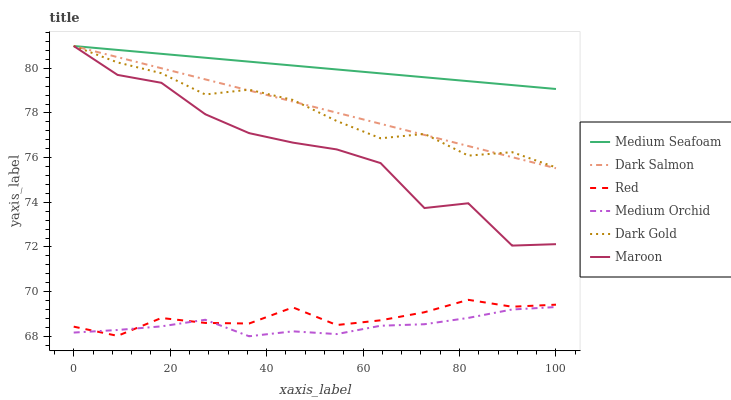
| xaxis_label | Medium Seafoam | Dark Salmon | Red | Medium Orchid | Dark Gold | Maroon |
 | --- | --- | --- | --- | --- | --- | --- |
 | 0 | 81 | 81 | 68.4 | 68.2 | 81 | 81 |
 | 9.09 | 80.8 | 80.5 | 68 | 68.3 | 80.3 | 79.7 |
 | 18.2 | 80.7 | 80 | 68.8 | 68.4 | 79.8 | 79.4 |
 | 27.3 | 80.5 | 79.5 | 68.6 | 68.7 | 78.8 | 77.9 |
 | 36.4 | 80.3 | 79 | 68.6 | 68 | 79 | 77.1 |
 | 45.5 | 80.1 | 78.5 | 69.3 | 68.2 | 78.6 | 76.7 |
 | 54.5 | 80 | 78 | 68.5 | 68.1 | 77.6 | 76.4 |
 | 63.6 | 79.8 | 77.5 | 68.7 | 68.5 | 76.9 | 75.8 |
 | 72.7 | 79.6 | 77 | 69.1 | 68.5 | 77.1 | 73.7 |
 | 81.8 | 79.4 | 76.5 | 69.6 | 68.8 | 76.1 | 74 |
 | 90.9 | 79.3 | 76 | 69.3 | 69.2 | 76.2 | 72.1 |
 | 100 | 79.1 | 75.5 | 69.4 | 69.3 | 75.6 | 72.1 |